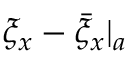
\xi _ { x } - { \bar { \xi } _ { x } } | _ { a }